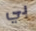
بي